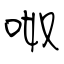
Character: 呶